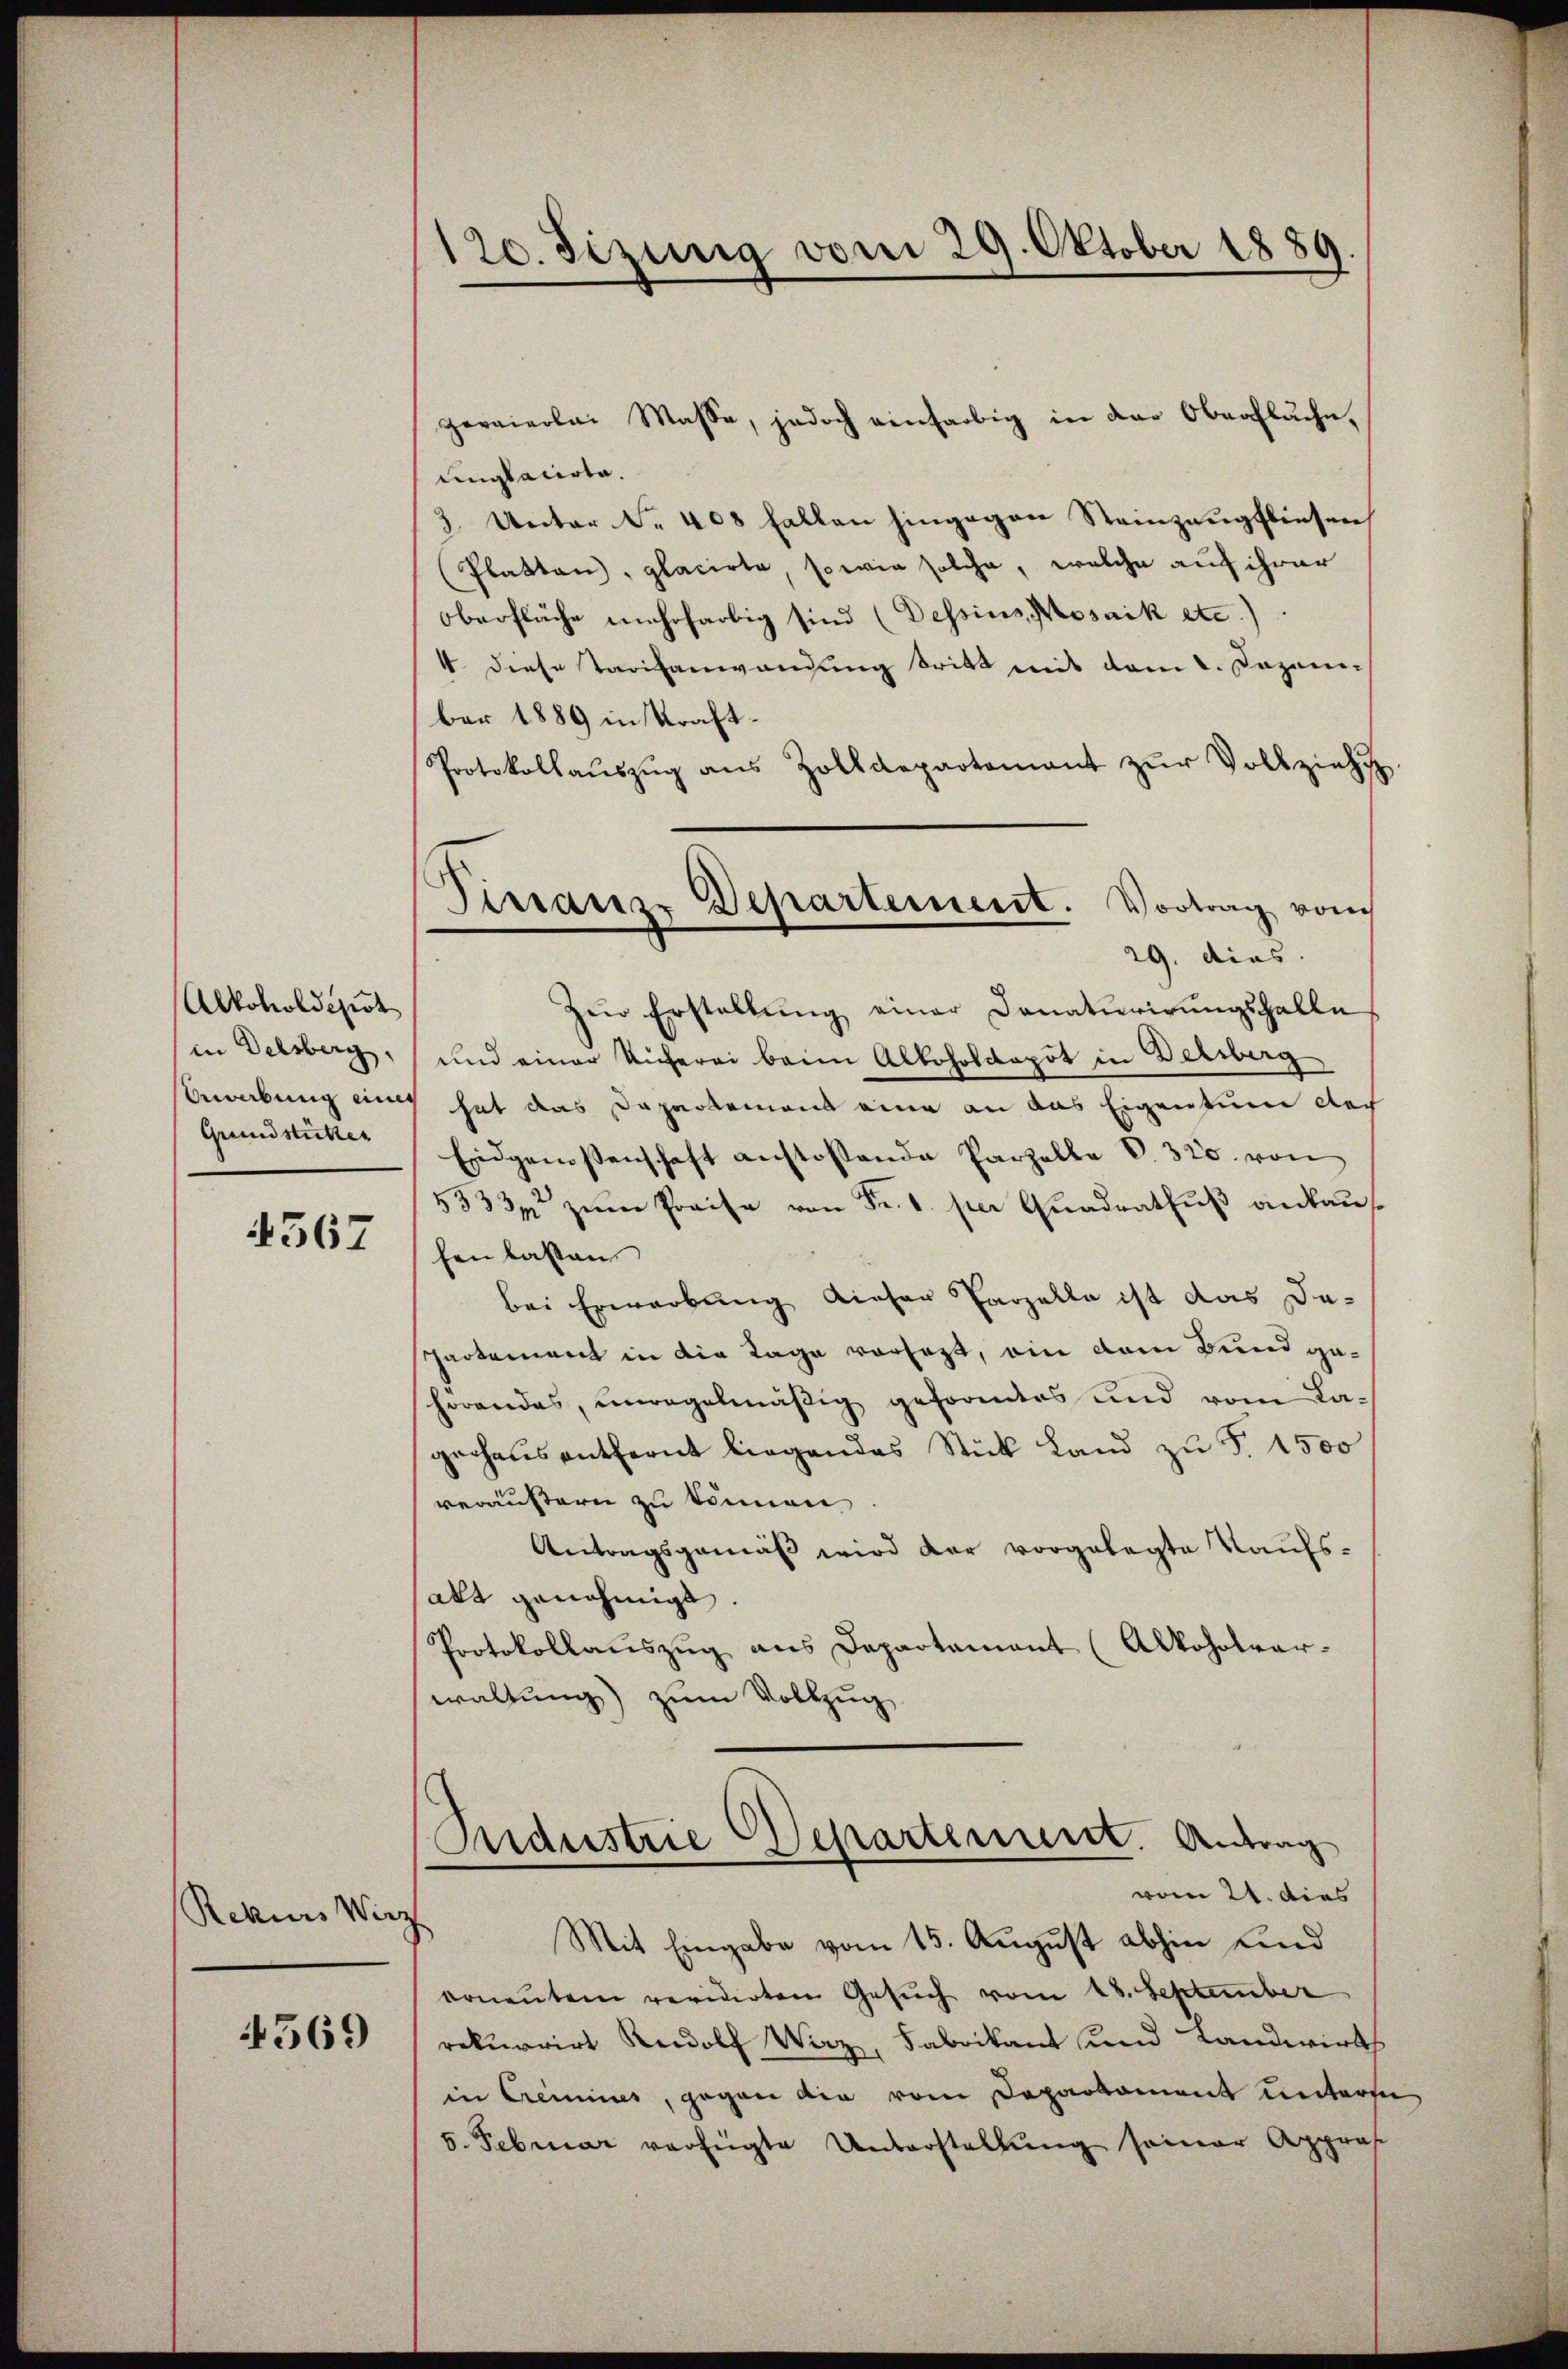
Alkoholdeput
in Delsberg,
Bewerbung einer
Grundstützer

1567

Rekurs Wirz

4569

120. Sizung vom 29. Oktober 1889.

unglacirte.
3. Unter Nr. 408 fallen hingegen Steinzeugfliesen
(Platten, placirte, sowie solche, welche auf ihrer
oberfläche mehrfarbig sind (Dessins, Mosaik etc.)
4 diese Tarifanwendung tritt mit dem 2. Dazeni-
ber 1889 in Kraft¬
Protokollaŭszŭg ans Zolldepartamant zŭr Vollziehu
Zur Erstellŭng einer Donaturirŭngsfalle
und einer Sicherei beim Alkoholdopot in Deliberg
hat das Dapartement eine an das Eigentume der
Eidgenossenschaft anstossende Parzelle V. 320. von
5333 zum Preise von Fr. 1. per Quadratfuß ankauf
fen lassen
bei Erwerbung dieser Parzelle ist das De-
partement in die Lage vorsezt, ein dem Bund gehörendes, unregelmäßig geformtes und vom La-
gechens entfernt liegendes Stück Land zu S. 1500
veräussern zu können
Antragsgemäß wird der vorgelegte Kaufsalt genehmigt.
Protokollaŭszŭg ans Departament (Alkoholvar-
waltung) zum Vollzug

gereierlai Masse, jedoch einfarbig in der Oberfläche,

Tirranze Departement. Vortrag vom
29. dies

Industrie Departement. Antrag
vom 24. dies
Mit Eingabe vom 15. August abhin und

ornentene revidirten Gesŭch vom 18. September
rekurrirt Rudolf Wirz, Fabrikant und Landwirts
in Crimines, gegen die vom Departament untersu
5. Februar verfügte Unterstellung seiner Appras